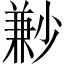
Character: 㝺